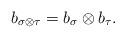
LaTeX: \begin{align*}b_{\sigma\otimes \tau} = b_{\sigma}\otimes b_{\tau}.\end{align*}